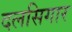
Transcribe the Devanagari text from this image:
दलसिगार